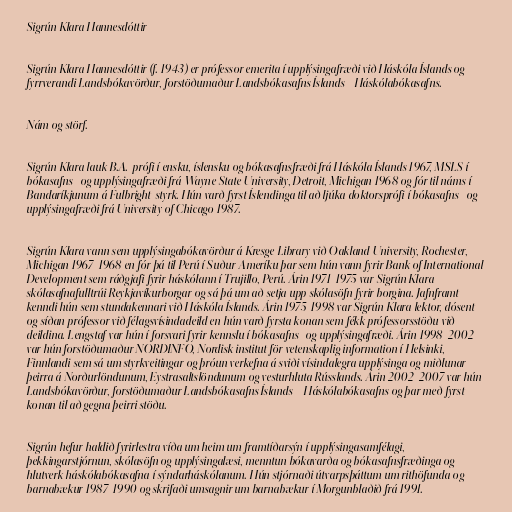
Sigrún Klara Hannesdóttir

Sigrún Klara Hannesdóttir (f. 1943) er prófessor emerita í upplýsingafræði við Háskóla Íslands og
fyrrverandi Landsbókavörður, forstöðumaður Landsbókasafns Íslands - Háskólabókasafns.

Nám og störf.

Sigrún Klara lauk B.A.-prófi í ensku, íslensku og bókasafnsfræði frá Háskóla Íslands 1967, MSLS í
bókasafns- og upplýsingafræði frá Wayne State University, Detroit, Michigan 1968 og fór til náms í
Bandaríkjunum á Fulbright-styrk. Hún varð fyrst Íslendinga til að ljúka doktorsprófi í bókasafns- og
upplýsingafræði frá University of Chicago 1987.

Sigrún Klara vann sem upplýsingabókavörður á Kresge Library við Oakland University, Rochester,
Michigan 1967-1968 en fór þá til Perú í Suður-Ameríku þar sem hún vann fyrir Bank of International
Development sem ráðgjafi fyrir háskólann í Trujillo, Perú. Árin 1971-1975 var Sigrún Klara
skólasafnafulltrúi Reykjavíkurborgar og sá þá um að setja upp skólasöfn fyrir borgina. Jafnframt
kenndi hún sem stundakennari við Háskóla Íslands. Árin 1975-1998 var Sigrún Klara lektor, dósent
og síðan prófessor við félagsvísindadeild en hún varð fyrsta konan sem fékk prófessorsstöðu við
deildina. Lengstaf var hún í forsvari fyrir kennslu í bókasafns- og upplýsingafræði. Árin 1998-2002
var hún forstöðumaður NORDINFO, Nordisk institut för vetenskaplig information í Helsinki,
Finnlandi sem sá um styrkveitingar og þróun verkefna á sviði vísindalegra upplýsinga og miðlunar
þeirra á Norðurlöndunum, Eystrasaltslöndunum og vesturhluta Rússlands. Árin 2002-2007 var hún
Landsbókavörður, forstöðumaður Landsbókasafns Íslands – Háskólabókasafns og þar með fyrst
konan til að gegna þeirri stöðu.

Sigrún hefur haldið fyrirlestra víða um heim um framtíðarsýn í upplýsingasamfélagi,
þekkingarstjórnun, skólasöfn og upplýsingalæsi, menntun bókavarða og bókasafnsfræðinga og
hlutverk háskólabókasafna í sýndarháskólanum. Hún stjórnaði útvarpsþáttum um rithöfunda og
barnabækur 1987-1990 og skrifaði umsagnir um barnabækur í Morgunblaðið frá 1991.